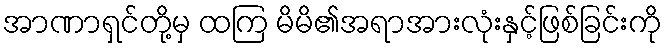
အာဏာရှင်တို့မှ ထကြ မိမိ၏အရာအားလုံးနှင့်ဖြစ်ခြင်းကို